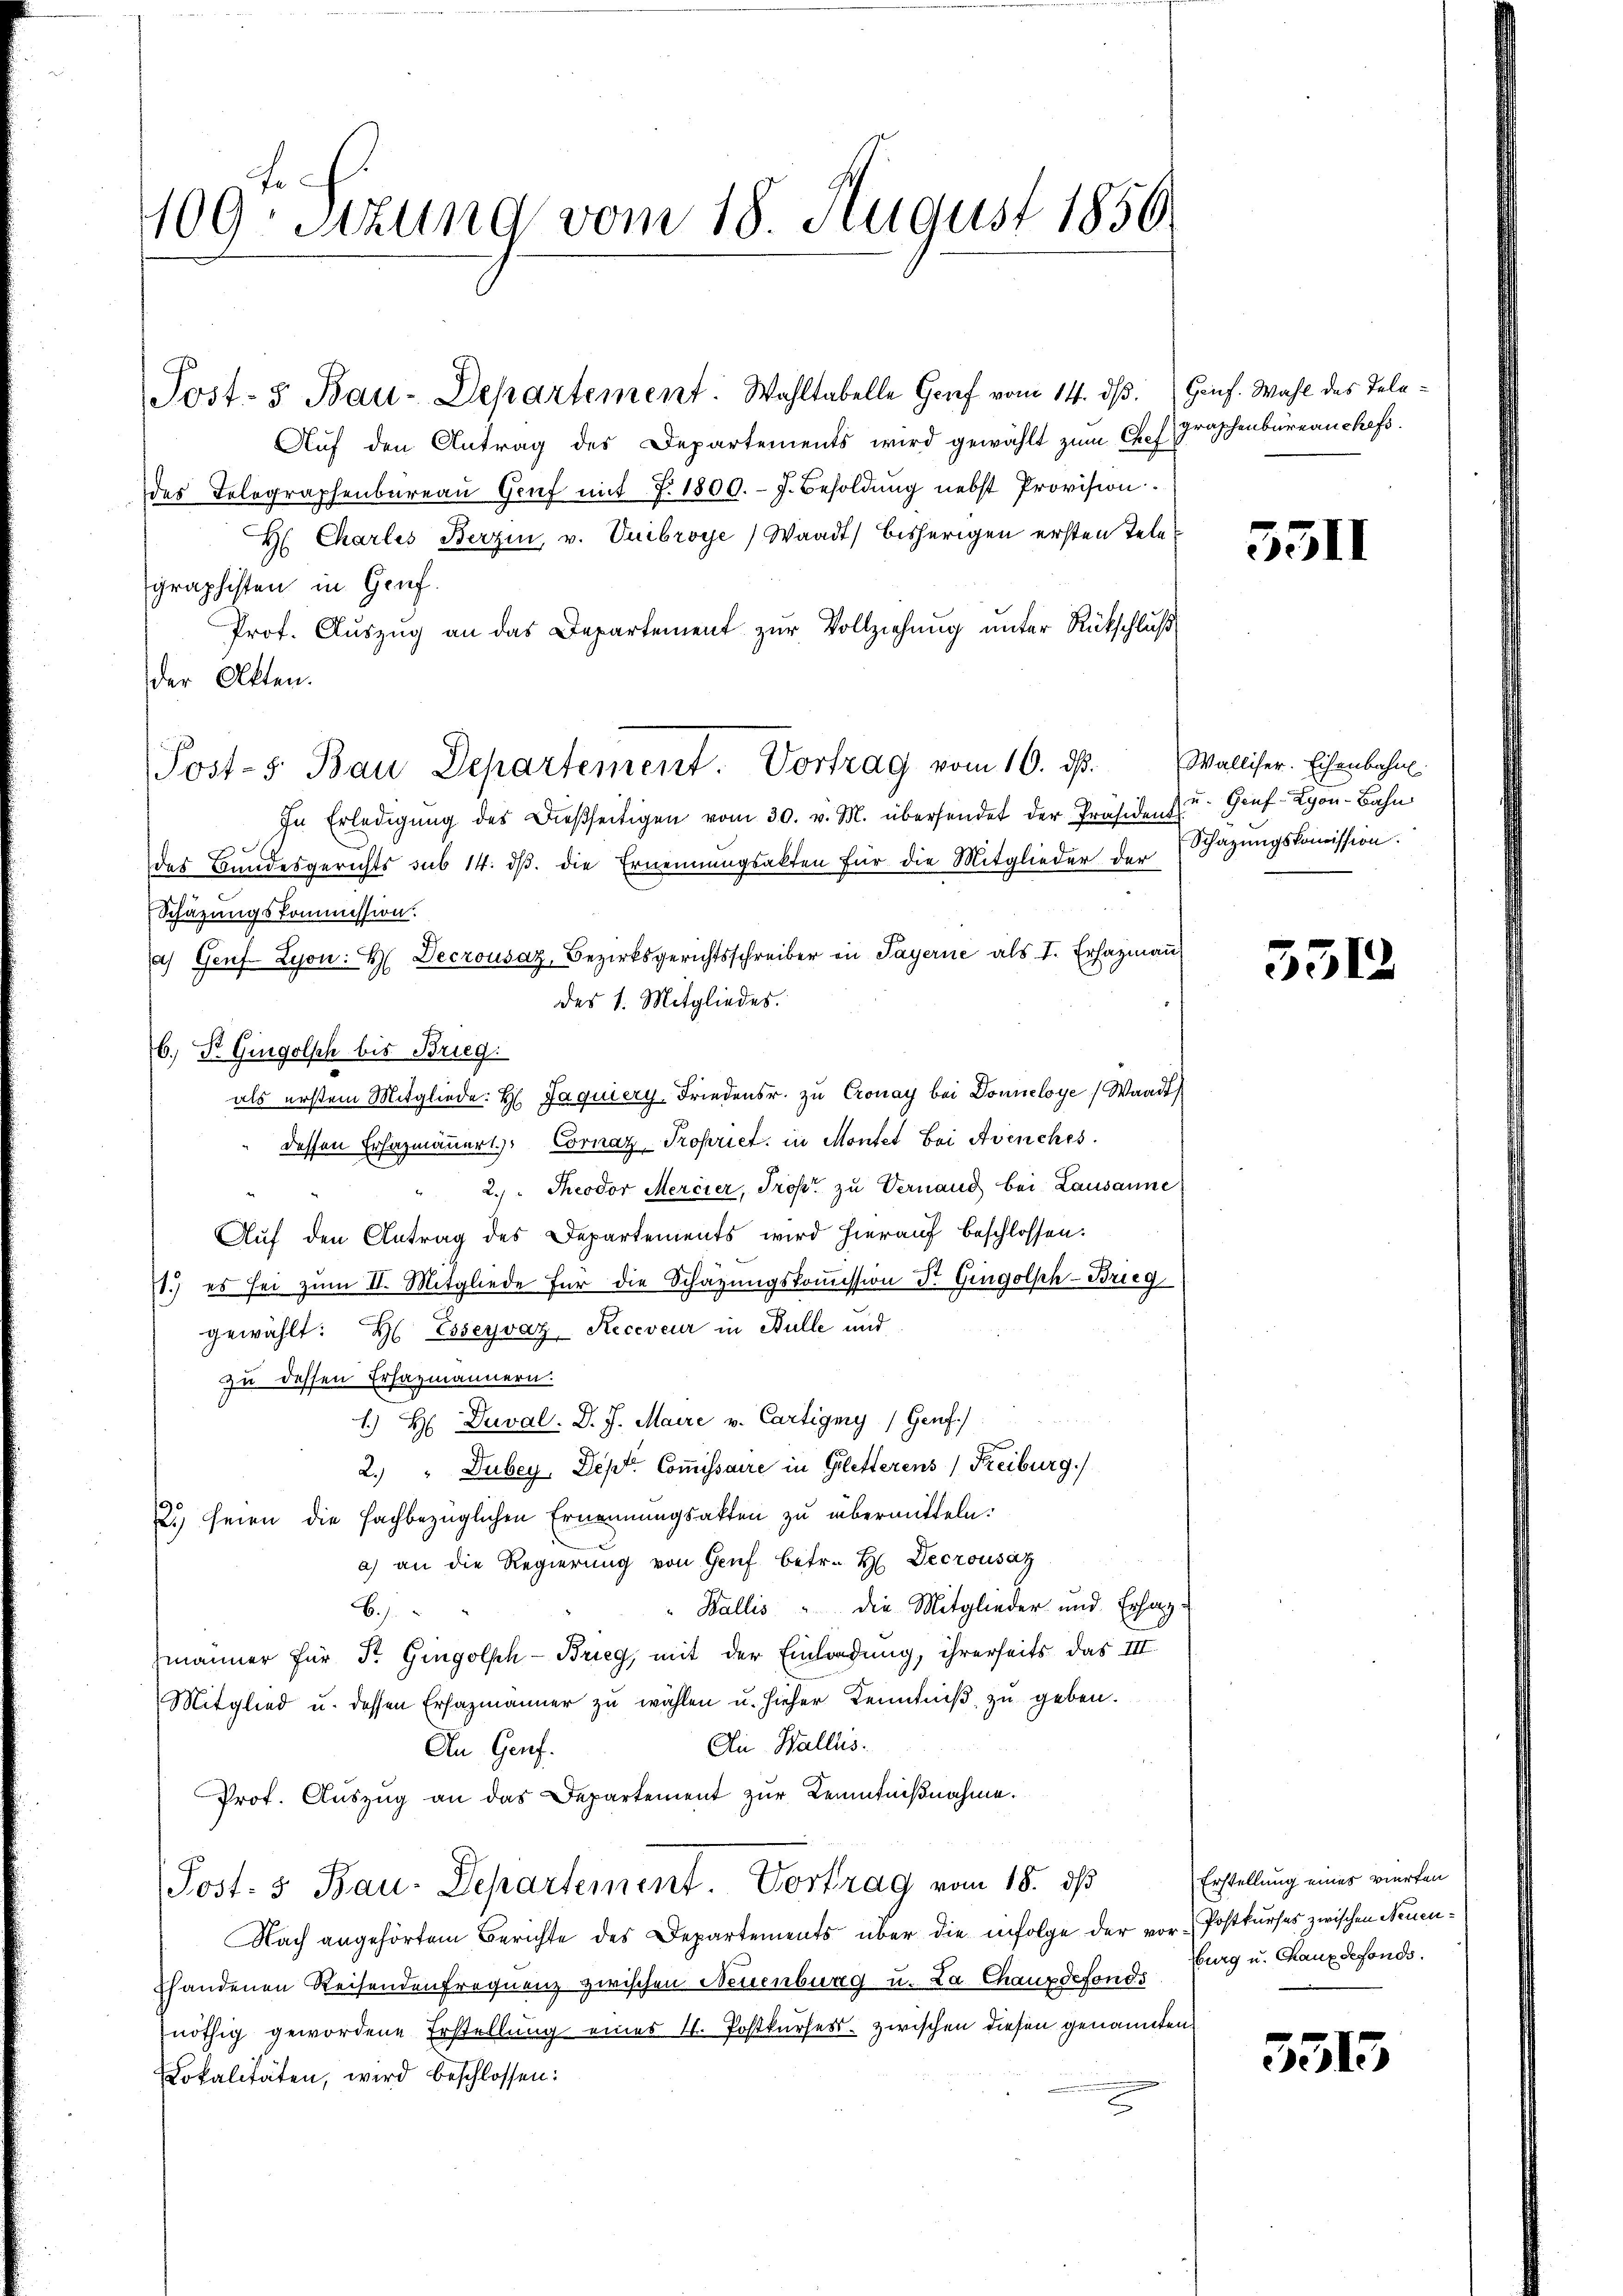
409. Sizung vom 18. August 1850.

Post- & Bau-Departement. Wahltabelle Graf vom 14. dß. Genf. Wahl des Tele¬
Auf den Antrag des Departements wird gewählt zum Chef
des Telegraphenbureau Genf mit 7. 1800. - J. Besoldung nebst Provision.
H: Charles Berzin, v. Vuibroye) Waadt) bisherigen ersten Telegraphisten in Gruf.
Prof. Auszug an das Departement zur Vollziehung unter Rückschluß
der Akten.
In Erledigŭng des dießseitigen vom 30. v. M. übersendet der Präsident
das Bundesgerichts sub 14. dβ. die Ernennungsakten für die Mitglieder der Schazungskomission.
Schäzungskommission.
a) Genf. Lyon: H. Decrousaz, Bezirksgerichtsschreiber in Payerne als I. Erhazmaṅ
des 1. Mitgliedes.
6.) Dr. Gingolsch bis Brieg.
als erstem Mitgliede: H. Jaquiery, Friedensr. zu Cronay bei Donneloye (Waadt
dessen Erfazmäuerl. Cornaz Tropriet, in Montet Bei Avenches
" 2. Theodor Mercier, Trost zu Vernand bei Lausanne
Auf den Antrag des Departements wird hierauf beschlossen:
11.) es sei zŭm II. Mitgliede für die Schazungskoṁission Dr. Gingolph-Brieg
gewählt: H. Esseyvaz-Receveur in Bülle und
zu dessen Erhazmännern.
) H Duval. D. J. Maire v. Cartigny (Genf.)
2.) " Dubey, Dept. Commissaire in Geletterens Freiburg.)
2.) seien die fachbezüglichen Ernennungsakten zu übermitteln.
a) an die Regierung von Genf betr. H. Decrousaz
Wallis u die Mitglieder und Erhag¬
B.).
männer für Str. Gingolsch - Brieg, mit der Einladung, ihrerseits das III.
Mitglied u. dessen Ersazmänner zu wählen u. hieher Kenntniß zu geben.
An Wallis.
An Genf.
Prot. Auszug an das Departement zur Kenntnißnahme.
Post. 3 Bau-Departement. Vortrag vom 18. ds.
Nach angehörtem Berichte des Departements über die infolge der vor-Postkurses zwischen Neuenshandenen Reisendenfrequenz zwischen Neuenburg u. La Chauxdefonds
nöthig gewordene Erstellung eines V. Postkurses zwischen diesen genannten
Lokalitäten, wird beschlossen:

Post-5. Bau Departement. Vortrag vom 10. ds. Walliser. Eisenbahn.

graphenbureau chefs

5511

u. Genf Lyon-Bahn

5512

Erstellung eines vierten
burg u. Chaux defonds.

3515